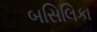
બસિલિકા